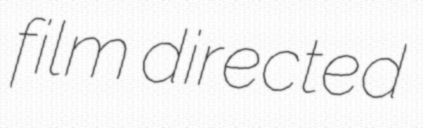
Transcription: film directed